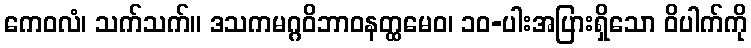
ကေဝလံ၊ သက်သက်။ ဒသကမဂ္ဂဝိဘာဝနတ္ထမေဝ၊ ၁၀-ပါးအပြားရှိသော ဝိပါက်ကို